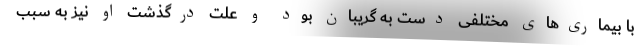
با بیماری‌های مختلفی دست به گریبان بود و علت درگذشت او نیز به سبب